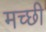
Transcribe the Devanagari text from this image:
मच्छी